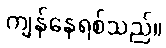
ကျန်နေရစ်သည်။